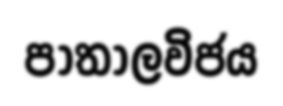
පාතාලවිජය